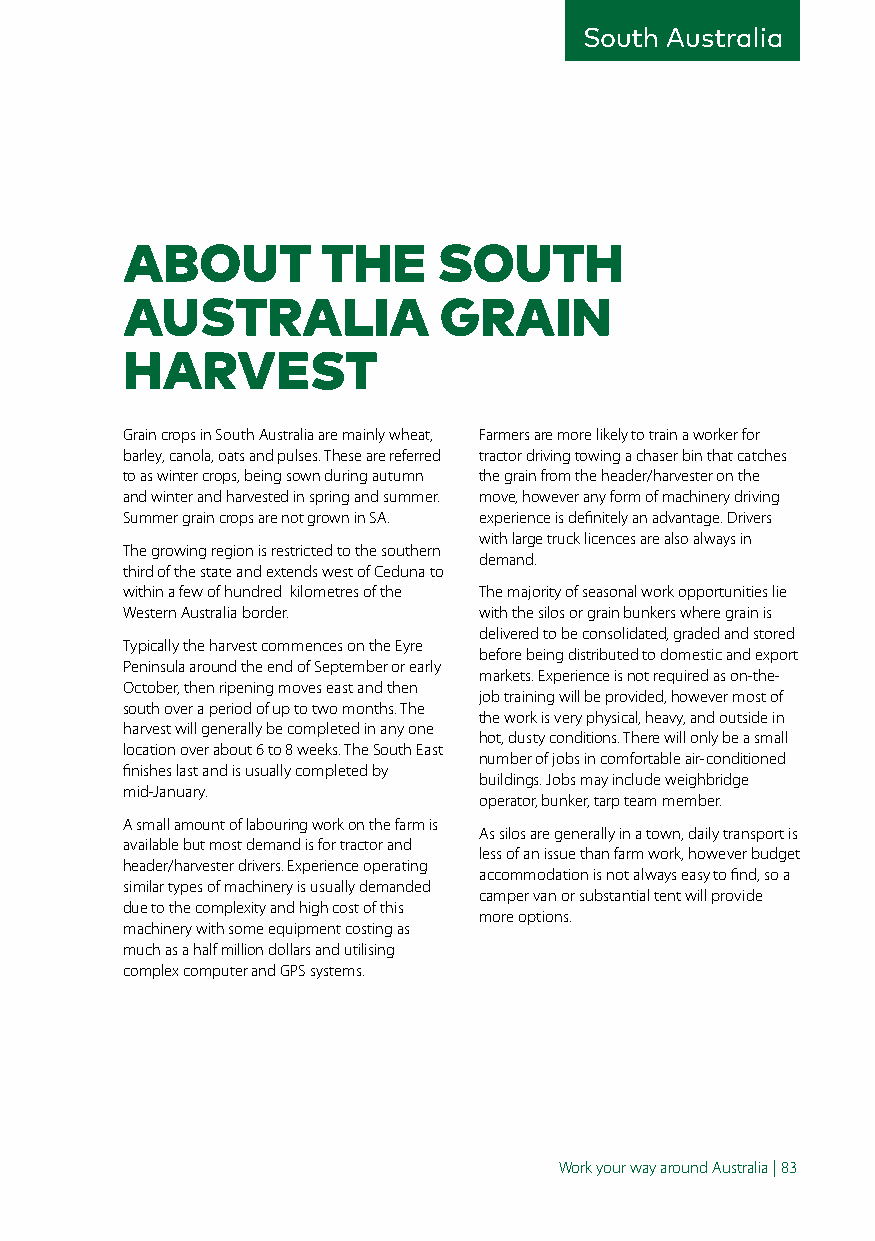
South Australia
 ABOUT        THE     SOUTH
 AUSTRALIA            GRAIN
 HARVEST
 Grain crops in South Australia are mainly wheat, Farmers are more likely to train a worker for
 barley, canola, oats and pulses. These are referred tractor driving towing a chaser bin that catches
 to as winter crops, being sown during autumn the grain from the header/harvester on the
 and winter and harvested in spring and summer. move, however any form of machinery driving
 Summer grain crops are not grown in SA. experience is definitely an advantage. Drivers
 with large truck licences are also always in
 The growing region is restricted to the southern
 demand.
 third of the state and extends west of Ceduna to
 within a few of hundred kilometres of the The majority of seasonal work opportunities lie
 Western Australia border. with the silos or grain bunkers where grain is
 delivered to be consolidated, graded and stored
 Typically the harvest commences on the Eyre
 before being distributed to domestic and export
 Peninsula around the end of September or early
 markets. Experience is not required as on-the-
 October, then ripening moves east and then
 job training will be provided, however most of
 south over a period of up to two months. The
 the work is very physical, heavy, and outside in
 harvest will generally be completed in any one
 hot, dusty conditions. There will only be a small
 location over about 6 to 8 weeks. The South East
 number of jobs in comfortable air-conditioned
 finishes last and is usually completed by
 buildings. Jobs may include weighbridge
 mid-January.
 operator, bunker, tarp team member.
 A small amount of labouring work on the farm is
 As silos are generally in a town, daily transport is
 available but most demand is for tractor and
 less of an issue than farm work, however budget
 header/harvester drivers. Experience operating
 accommodation is not always easy to find, so a
 similar types of machinery is usually demanded
 camper van or substantial tent will provide
 due to the complexity and high cost of this
 more options.
 machinery with some equipment costing as
 much as a half million dollars and utilising
 complex computer and GPS systems.
 Work your way around Australia | 83